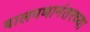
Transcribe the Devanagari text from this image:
बालपणानंतरच्या